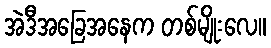
အဲဒီအခြေအနေက တစ်မျိုးလေ။